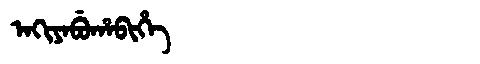
Manchu: ᠠᡴᡳᠶᠠᠪᡠᡥᠠᠪᡳᡥᡝ
Romanization: AKIYABUHABIHE